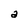
Character: a